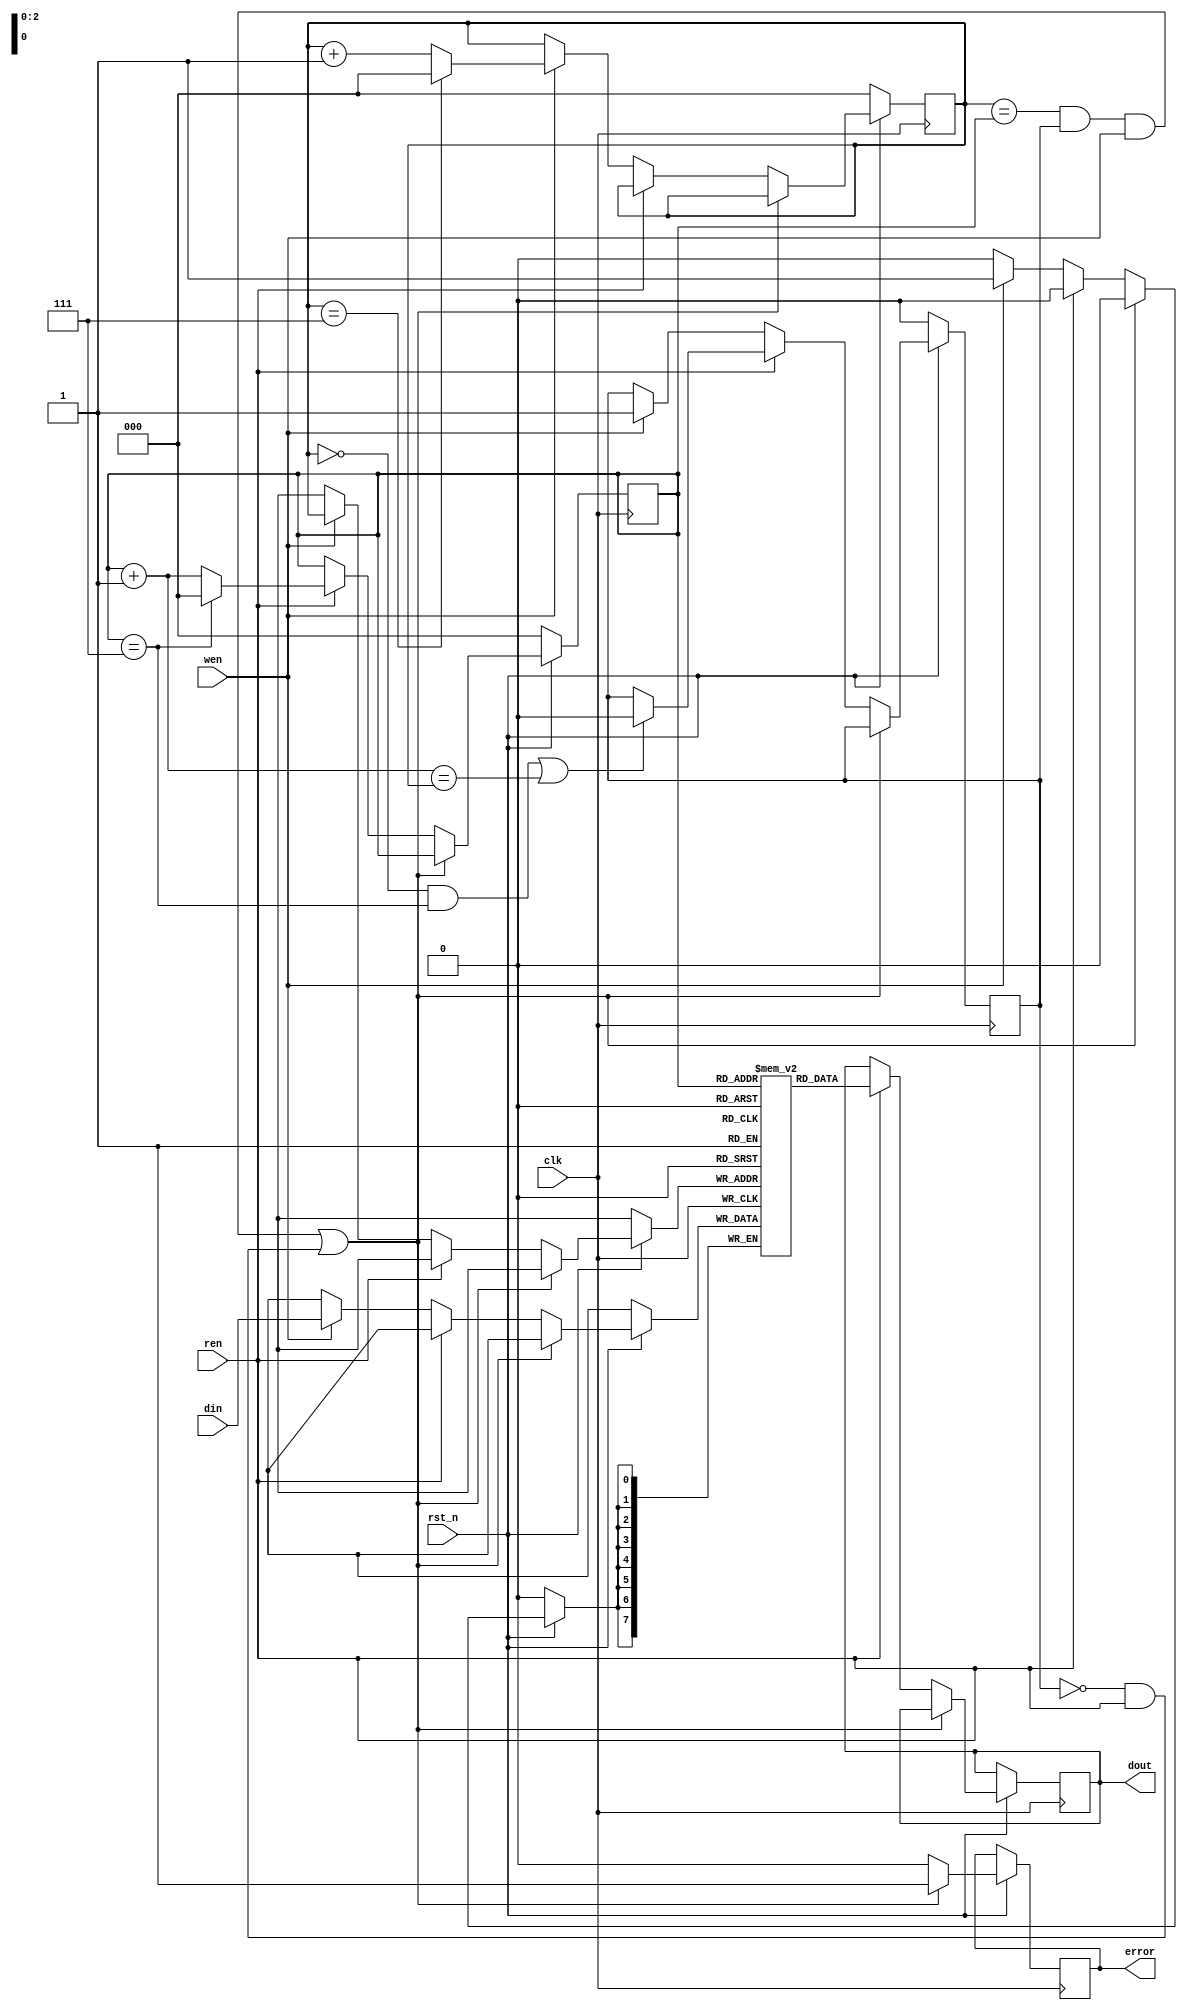
`timescale 1ns/1ps

module FIFO_8(clk, rst_n, wen, ren, din, dout, error);
	input clk;
	input rst_n;
	input wen, ren;
	input [7:0] din;
	output reg [7:0] dout;
	output reg error;

	parameter N=8;

	reg [N-1:0] memory [N-1:0];
	reg [2:0] wp,rp;
	reg empty;

	always @(posedge clk)begin
		if(rst_n==1'b0) begin
			wp<=3'b000;
			rp<=3'b000;
			empty<=1'b0;
		end
		else begin
			if ((wp==rp && empty==1'b1 && wen)||(empty==1'b0 && ren)) begin
				error<=1'b1;
			end
			else begin
				error<=1'b0;
				if(ren==1'b1) begin // read
					dout<=memory[rp];
					rp<=((rp==3'b111)?(3'b000):(rp + 1));
					// when it's empty
					if((wp==3'b000&&rp==3'b111)||((rp+3'b001)==wp))begin
						empty<=1'b0;
					end
				end
				else if(wen==1'b1) begin // write
					memory[wp]<=din;
					wp<=((wp==3'b111)?(3'b000):(wp + 1));
					// it's not empty anymore
					empty<=1'b1;
					
				end
			end
		end
	end

endmodule